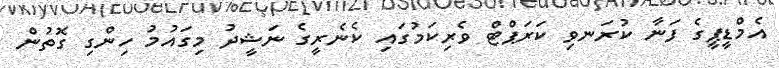
އެމްޑީޕީގެ ފަނާ ކުރަނވި ކަރަޕްޓް ވެރިކަމުގައި ކެނެރީގެ ނަޝީދު މިގައުމު ހިންގި ގޮތުން